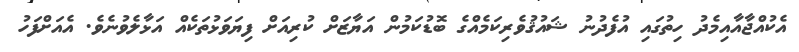
އެކުއްޖާއާއިމެދު ހިތުގައި އުފެދުނު ޝައުޤުވެރިކަމެއްގެ ބޮޑުކަމުން އަޔާޒަށް ކުރިއަށް ފިޔަވަޅުތަކެއް އަޅާލެވުނެވެ. އެއަށްފަހު